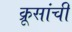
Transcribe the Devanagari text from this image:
क्रूसांची